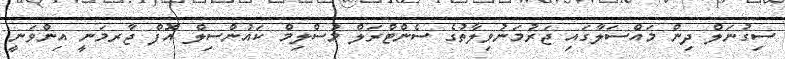
ސިގުނަލް ދިން މައްސަލާގައި ޖަރުމަނުވިލާތުގެ ސެންޓްރަލް މުސްލިމް ކައުންސިލް އޮފް ޖާރމަނީ އިންވަނީ